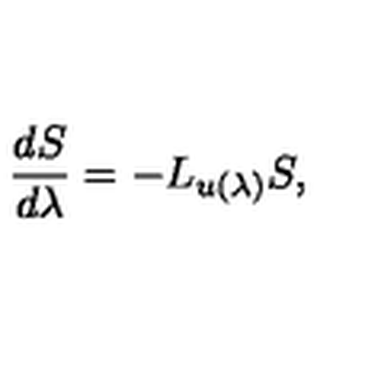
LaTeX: \frac { d S } { d \lambda } = - L _ { u ( \lambda ) } S ,